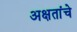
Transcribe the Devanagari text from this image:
अक्षतांचे